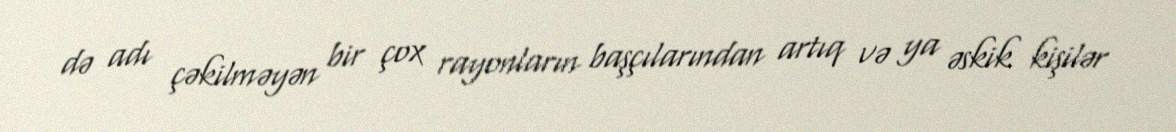
də adı çəkilməyən bir çox rayonların başçılarından artıq və ya əskik kişilər